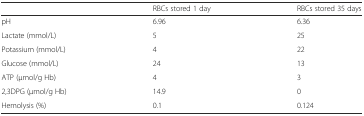
|  | RBCs stored 1 day | RBCs stored 35 days |
 | --- | --- | --- |
 | pH | 6.96 | 6.36 |
 | Lactate (mmol/L) | 5 | 25 |
 | Potassium (mmol/L) | 4 | 22 |
 | Glucose (mmol/L) | 24 | 13 |
 | ATP (μmol/g Hb) | 4 | 3 |
 | 2,3DPG (μmol/g Hb) | 14.9 | 0 |
 | Hemolysis (%) | 0.1 | 0.124 |